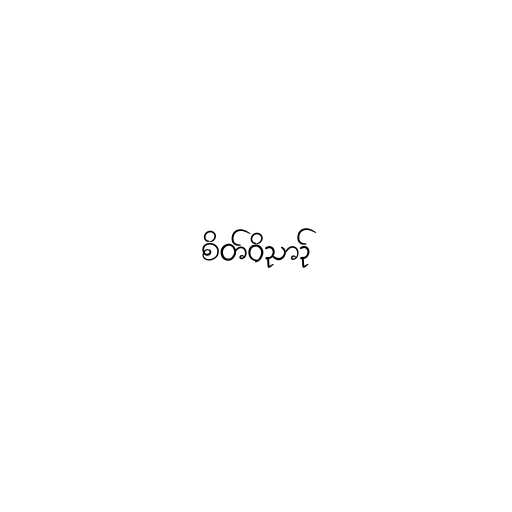
စိတ်ဝိညာဉ်